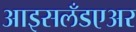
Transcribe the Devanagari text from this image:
आइसलँडएअर